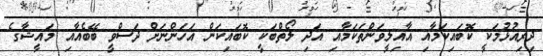
ދިރިއުޅުމަކީ ކޮބައިކަމާއި އާއިލީވަންތަކަމާއި އަދި ލޯތްބަކީ ކޮބައިކަން އަހަންނަށް ދަސްވީ ބޭބެއާއި މައީޝާގެ